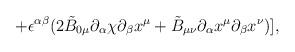
LaTeX: \begin{align*}\hspace{20mm} +\epsilon^{\alpha \beta}(2\tilde{B}_{0 \mu}{\partial_\alpha}{\chi}{\partial_\beta}{x^\mu}+\tilde{B}_{\mu \nu}{\partial_\alpha}{x^\mu}{\partial_\beta}{x^\nu})],\end{align*}